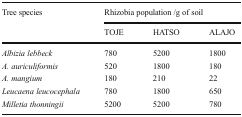
| Tree species | <COLSPAN=3> Rhizobia population /g of soil |
 |  | TOJE | HATSO | ALAJO |
 | --- | --- | --- | --- |
 | Albizia lebbeck | 780 | 5200 | 1800 |
 | A. auriculiformis | 520 | 1800 | 180 |
 | A. mangium | 180 | 210 | 22 |
 | Leucaena leucocephala | 780 | 1800 | 650 |
 | Milletia thonningii | 5200 | 5200 | 780 |